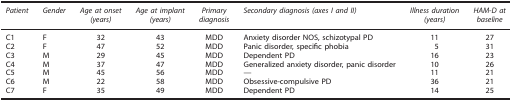
<table><thead><tr><td><b><i>Patient</i></b></td><td><b><i>Gender</i></b></td><td><b><i>Age at onset (years)</i></b></td><td><b><i>Age at implant (years)</i></b></td><td><b><i>Primary diagnosis</i></b></td><td><b><i>Secondary diagnosis (axes I and II)</i></b></td><td><b><i>Illness duration (years)</i></b></td><td><b><i>HAM-D at baseline</i></b></td></tr></thead><tbody><tr><td>C1</td><td>F</td><td>32</td><td>43</td><td>MDD</td><td>Anxiety disorder NOS, schizotypal PD</td><td>11</td><td>27</td></tr><tr><td>C2</td><td>F</td><td>47</td><td>52</td><td>MDD</td><td>Panic disorder, specific phobia</td><td>5</td><td>31</td></tr><tr><td>C3</td><td>M</td><td>29</td><td>45</td><td>MDD</td><td>Dependent PD</td><td>16</td><td>23</td></tr><tr><td>C4</td><td>M</td><td>37</td><td>47</td><td>MDD</td><td>Generalized anxiety disorder, panic disorder</td><td>10</td><td>26</td></tr><tr><td>C5</td><td>M</td><td>45</td><td>56</td><td>MDD</td><td>—</td><td>11</td><td>21</td></tr><tr><td>C6</td><td>M</td><td>22</td><td>58</td><td>MDD</td><td>Obsessive-compulsive PD</td><td>36</td><td>21</td></tr><tr><td>C7</td><td>F</td><td>35</td><td>49</td><td>MDD</td><td>Dependent PD</td><td>14</td><td>25</td></tr></tbody></table>